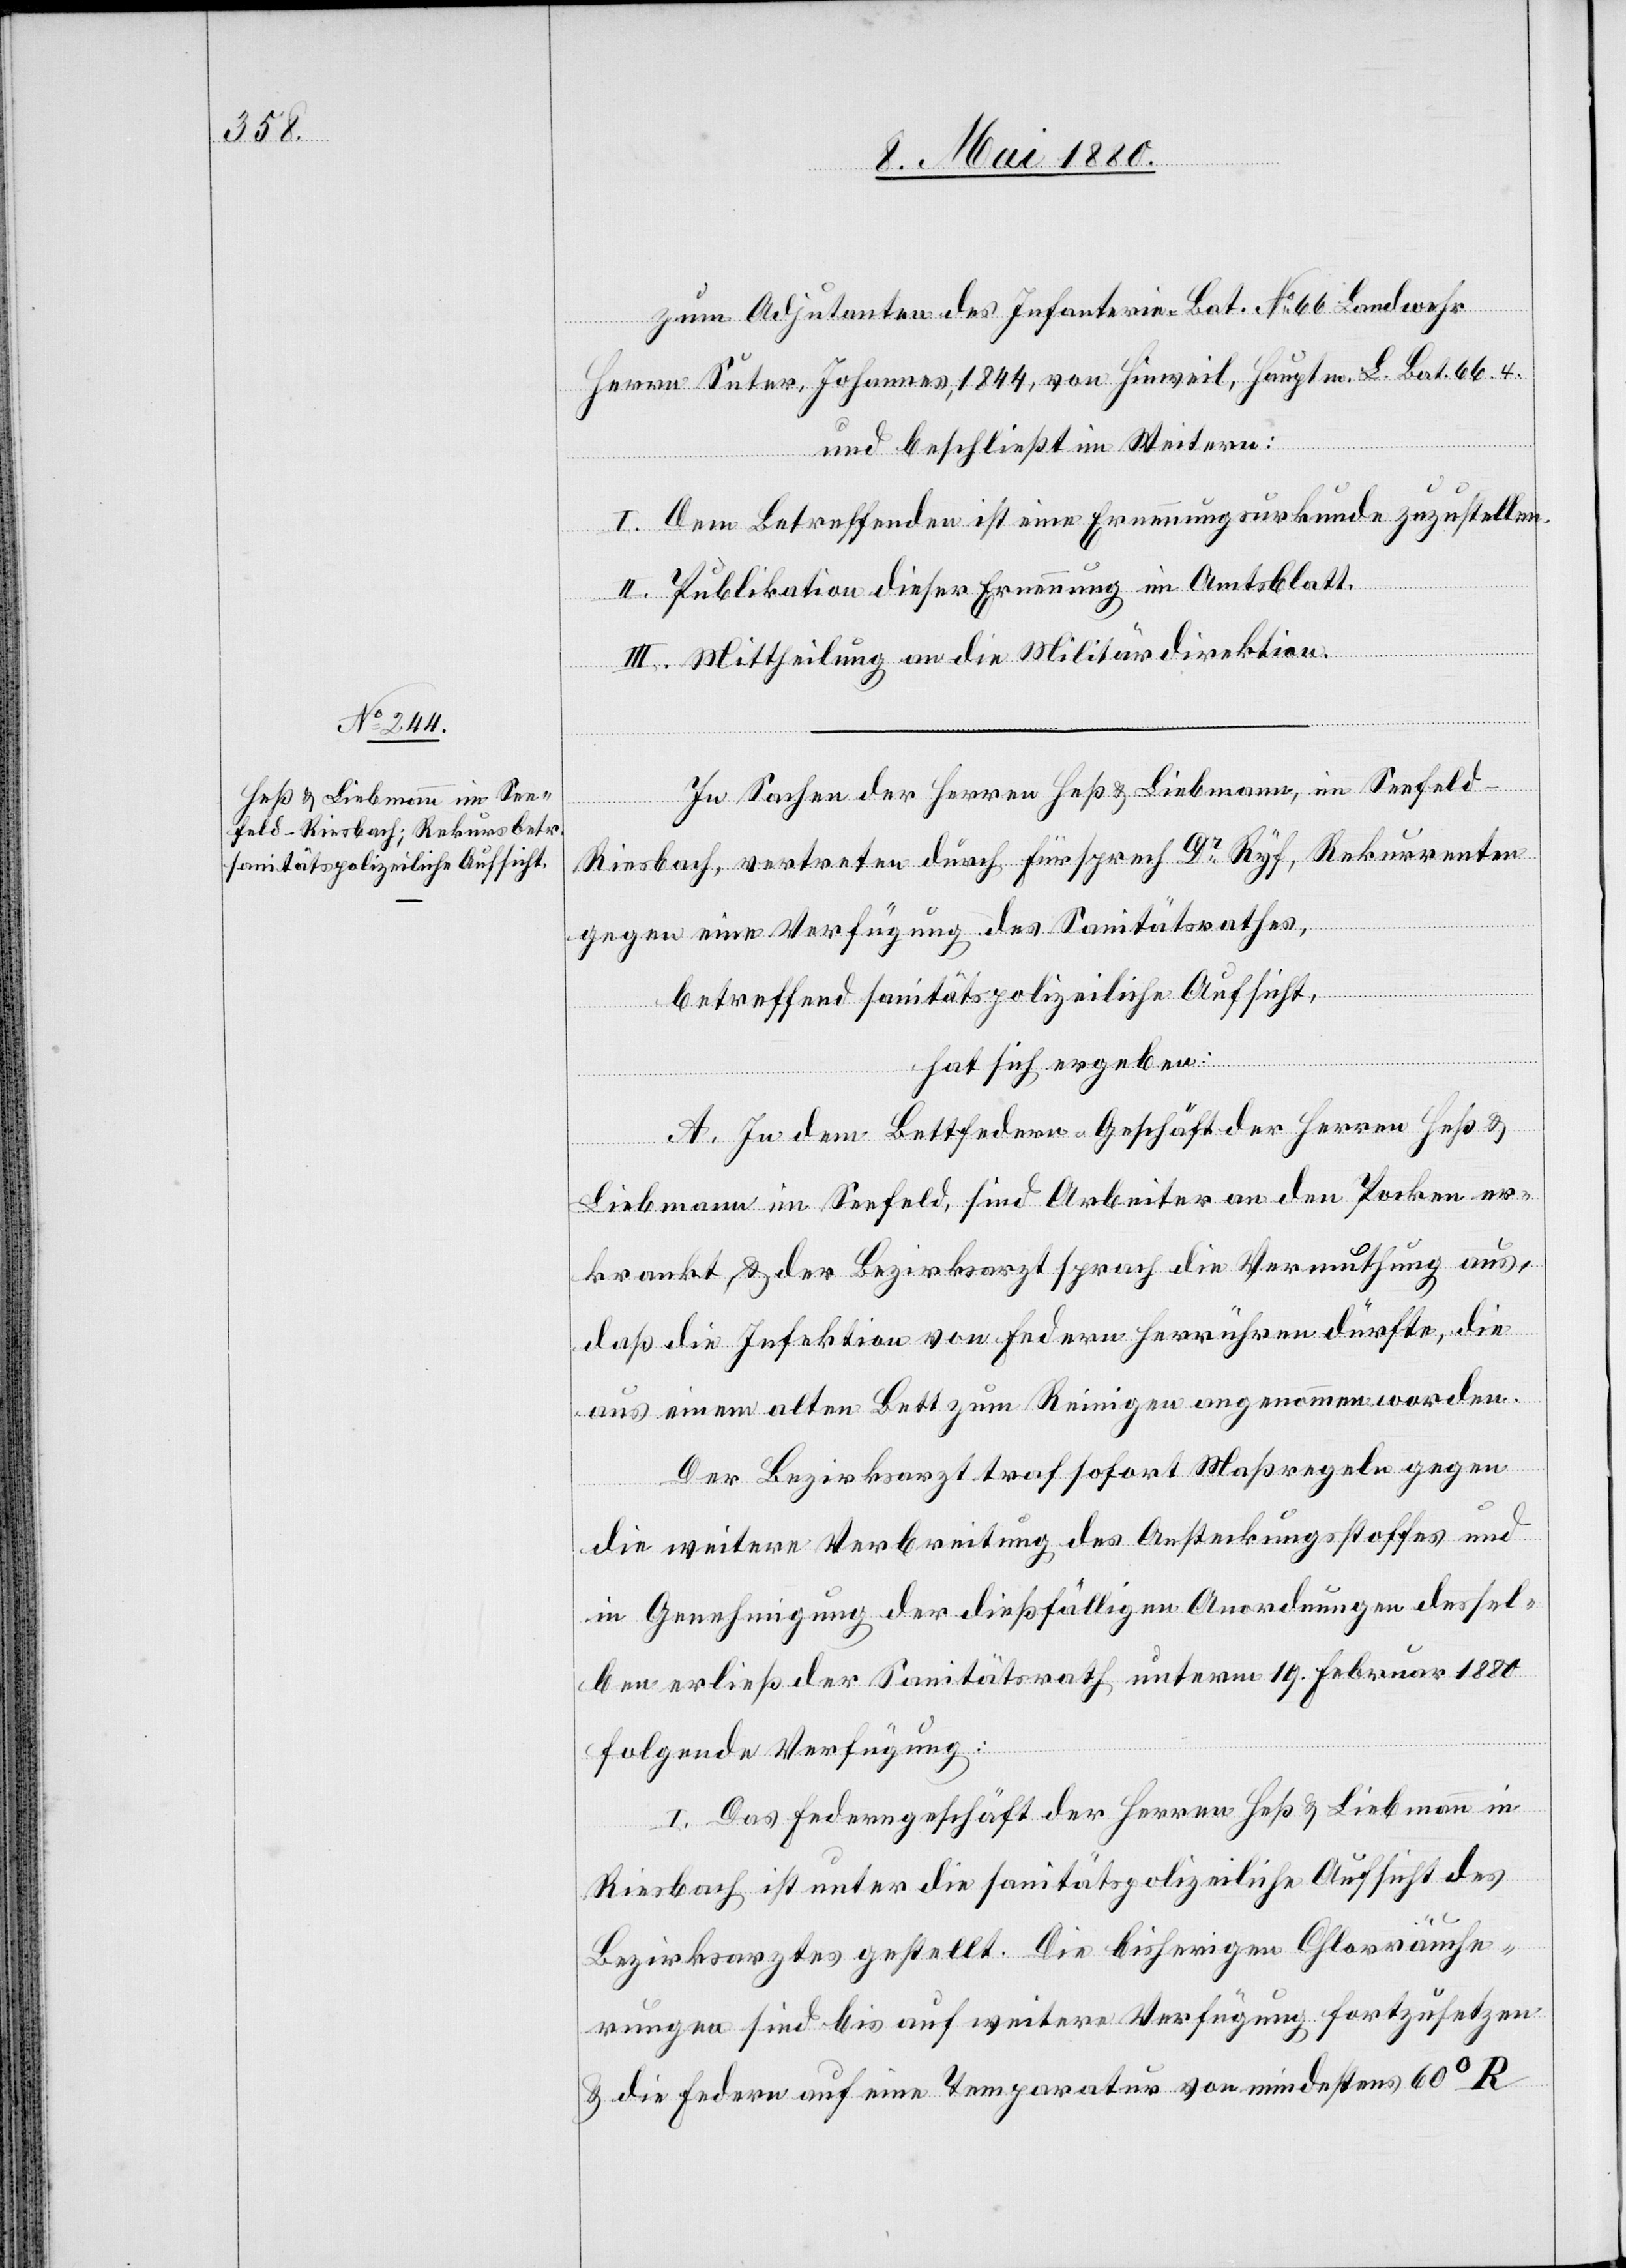
zum Adjutanten des Infanterie-Bat. No 66 Landwehr
Herrn Suter, Johannes, 1844, von Hinweil, Hauptm. L. Bat. 66. 4.
und beschließt im Weitern:
I. Dem Betreffenden ist eine Ernennungsurkunde zuzustellen.
II. Publikation dieser Ernennung im Amtsblatt.
III. Mittheilung an die Militärdirektion.
In Sachen der Herren Heß & Liebmann, im Seefeld
-
Riesbach, vertreten durch Fürsprech Dr Ryf, Rekurrenten
gegen eine Verfügung des Sanitätsrathes,
betreffend sanitätspolizeiliche Aufsicht,
hat sich ergeben:
A. In dem Bettfedern-Geschäft der Herren Heß &
Liebmann im Seefeld, sind Arbeiter an den Pocken er¬
krankt & der Bezirksarzt sprach die Vermuthung aus,
daß die Infektion von Federn herrühren dürfte, die
aus einem alten Bett zum Reinigen angenommen worden.
Der Bezirksarzt traf sofort Maßregeln gegen
die weitere Verbreitung des Ansteckungsstoffes und
in Genehmigung der dießfälligen Anordnungen dessel¬
ben erließ der Sanitätsrath unterm 19. Februar 1880
folgende Verfügung:
I. Das Federngeschäft der Herren Heß & Liebmann in
Riesbach ist unter die sanitätspolizeiliche Aufsicht des
Bezirksarztes gestellt. Die bisherigen Chlorräuche¬
rungen sind bis auf weitere Verfügung fortzusetzen
& die Federn auf eine Temperatur von mindestens 60°